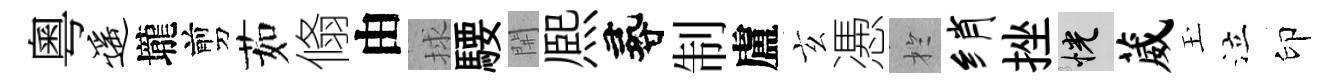
粵遥壠剪茹翛由捄騕𨳩熈尋制盧玄慿扵绡挫恍葳玉泣印